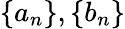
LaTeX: \{ a_{n}\} ,\{ b_{n}\}